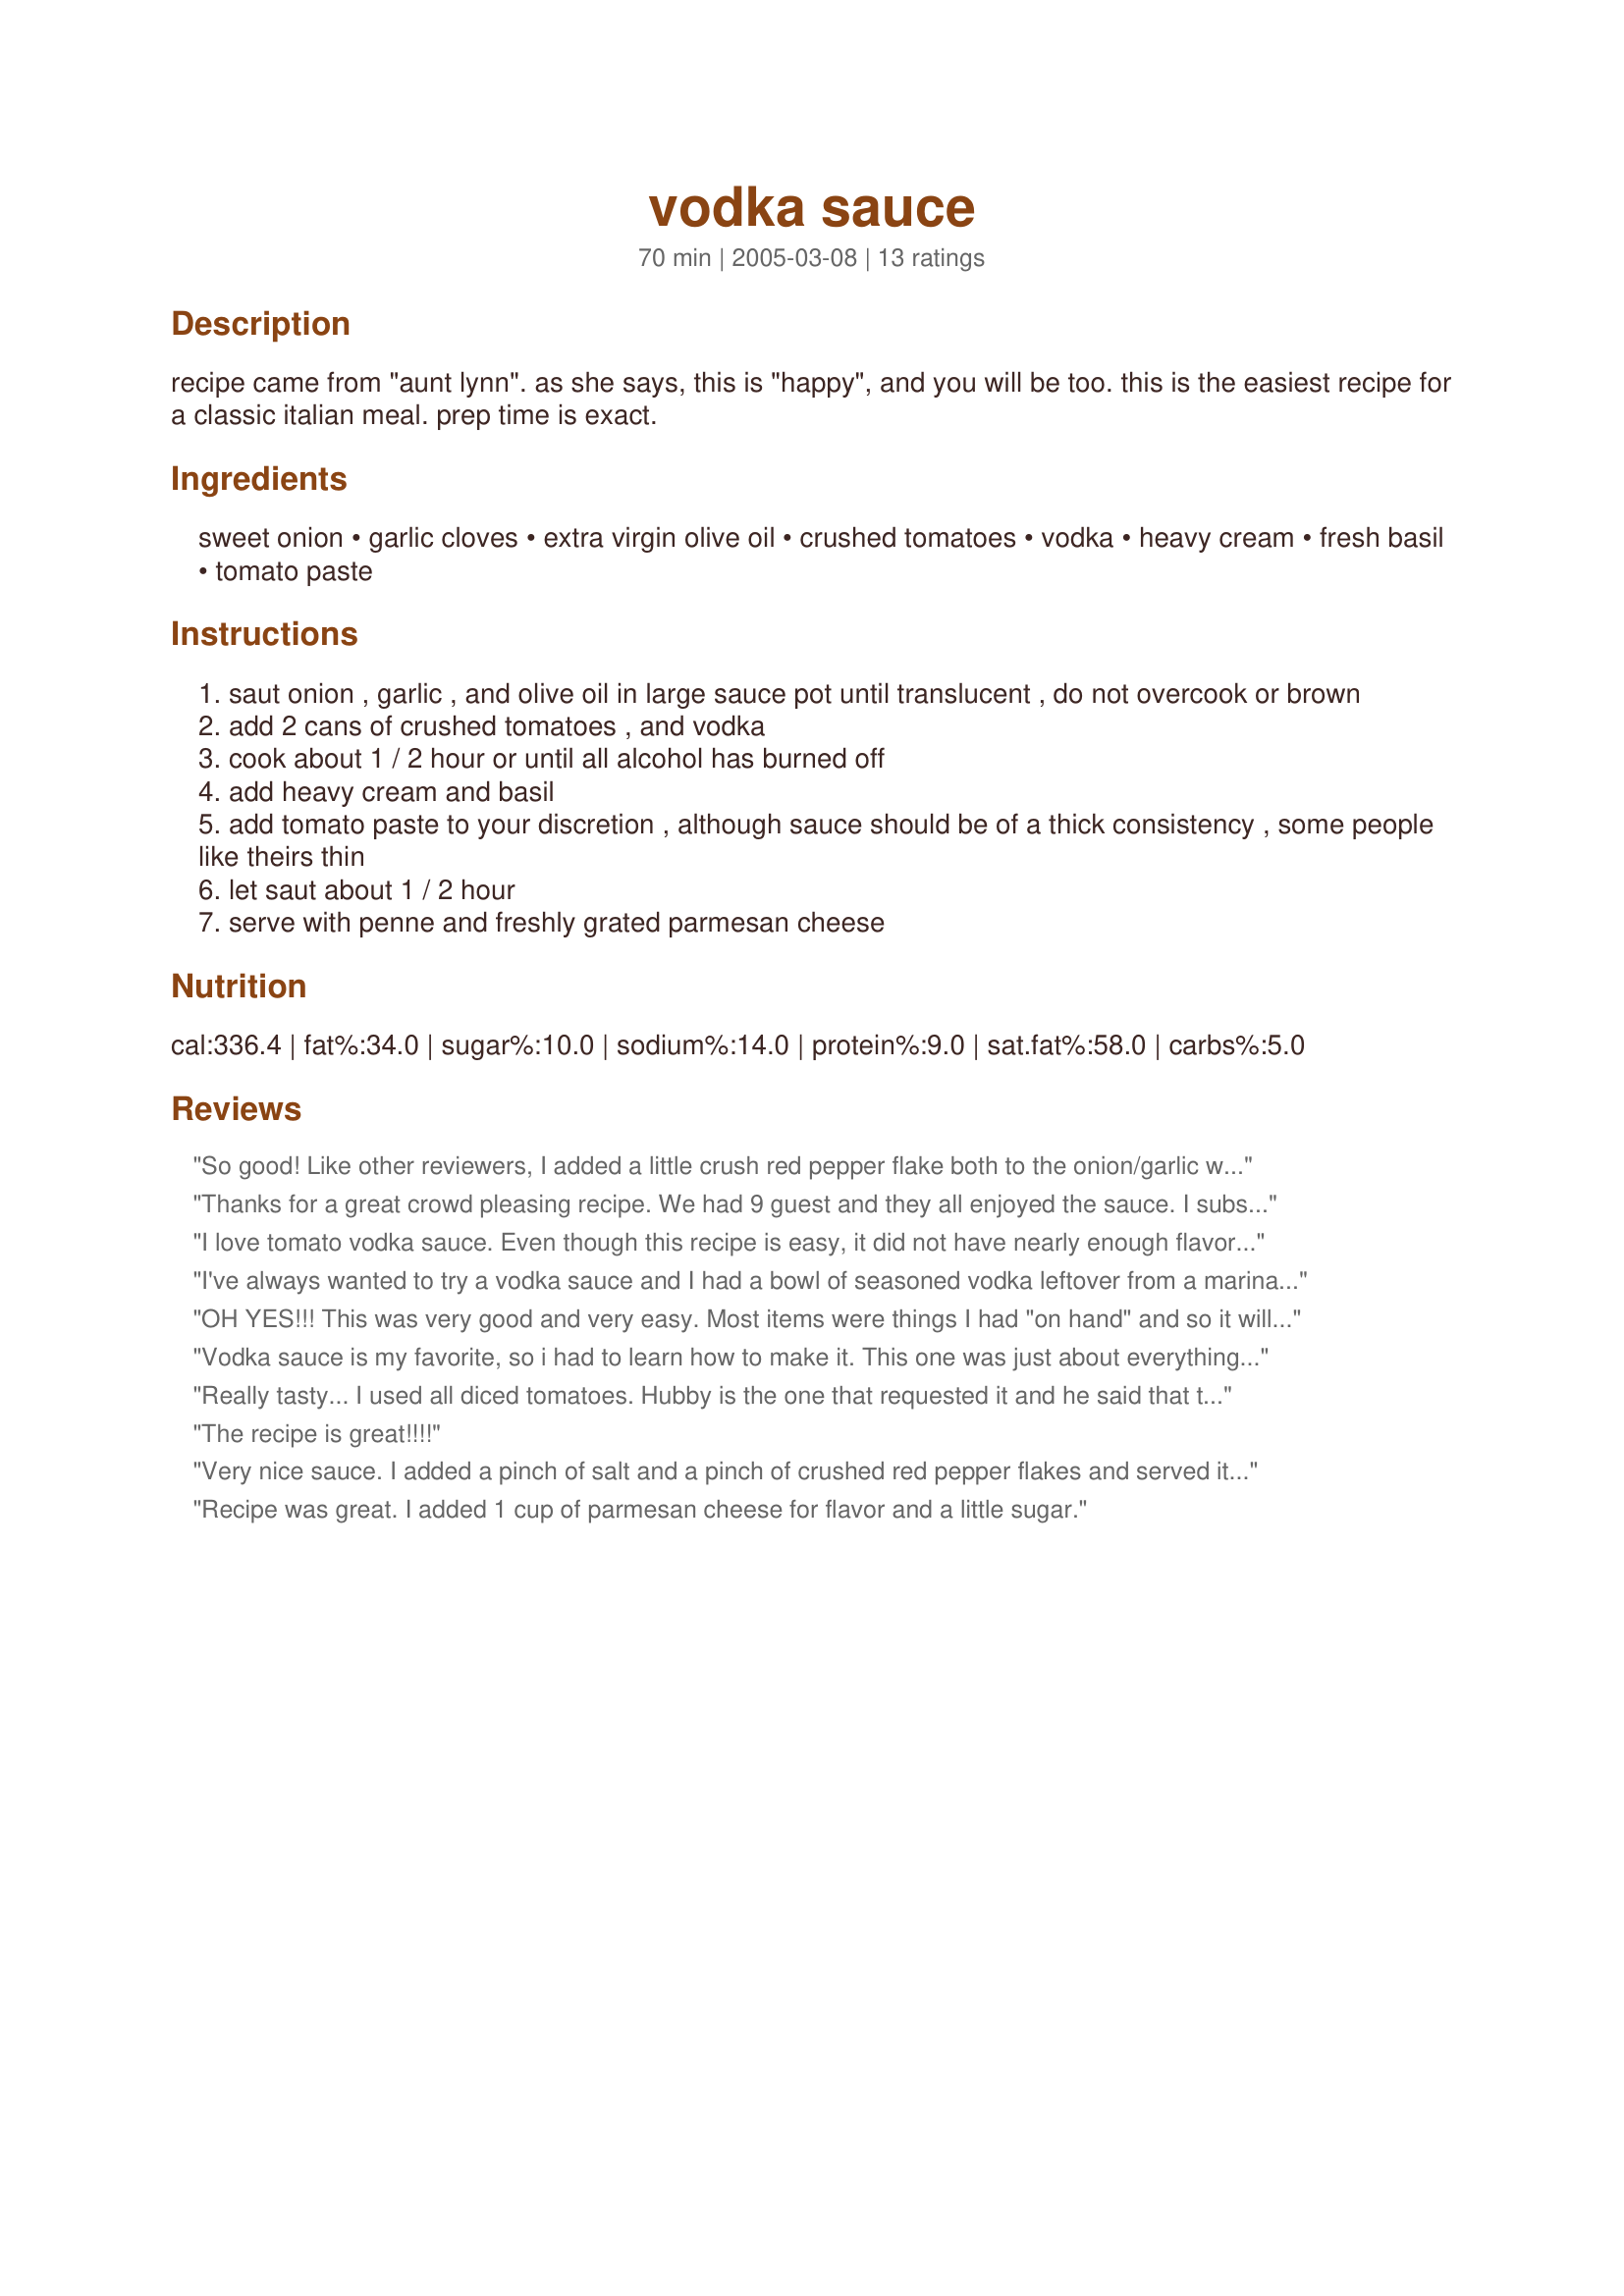
vodka sauce
Preparation time: 70 minutes

recipe came from "aunt lynn". as she says, this is "happy", and you will be too. this is the easiest recipe for a classic italian meal. prep time is exact.

Ingredients:
sweet onion, garlic cloves, extra virgin olive oil, crushed tomatoes, vodka, heavy cream, fresh basil, tomato paste

Steps:
saut onion , garlic , and olive oil in large sauce pot until translucent , do not overcook or brown
add 2 cans of crushed tomatoes , and vodka
cook about 1 / 2 hour or until all alcohol has burned off
add heavy cream and basil
add tomato paste to your discretion , although sauce should be of a thick consistency , some people like theirs thin
let saut about 1 / 2 hour
serve with penne and freshly grated parmesan cheese

Reviews:
So good! Like other reviewers, I added a little crush red pepper flake both to the onion/garlic while they were sauteeing and to the sauce while simmering. I also added coarse salt and black pepper to onion/garlic while sauteeing. Used dried basil since I didn't have fresh. This is so delicious! I will make this again and again1
Thanks for a great crowd pleasing recipe. We had 9 guest and they all enjoyed the sauce. I substituted evaporated milk for the heavy cream and used an entire can of tomato paste to lower the fat content. I also blended the sauce smooth so the kiddos couldn't see the tomato and onion pieces. Big hit. I will make again.
I love tomato vodka sauce. Even though this recipe is easy, it did not have nearly enough flavor for the effort. I will not be making this one again.
I've always wanted to try a vodka sauce and I had a bowl of seasoned vodka leftover from a marinated cherry tomato dish. This recipe was enjoyed by all.
OH YES!!! This was very good and very easy. Most items were things I had "on hand" and so it will be a good "go-to" meal.

The only thing I changed was to divide it in half. Only 3 of us here. 

I served it over a chicken & cheese ravioli that I had. With a salad and some Italian bread this made a fabulous meal! 

Thank you so much!
Vodka sauce is my favorite, so i had to learn how to make it. This one was just about everything I wanted in a creamy vodka sauce. One thing I added was some crushed red peppers to give it a little spice. I also made it a little more chunky by using one can of petite diced tomatoes and one can of crushed tomatoes instead of two cans of crushed tomatoes. This is very popular among my friends at Penn State, so thanks a bunch!
Really tasty... I used all diced tomatoes. Hubby is the one that requested it and he said that this is how he remembered it!! DS who is 9 ate it up and so did DD who is 5. It is really good with the sweet tomatoe chunks in the sauce. Hubby spiced it up with crushed red pepper flakes just on his. I LOVE garlic so I think next time I will use about 1 1/2 times the amount of garlic. I served it with penne and sauteed shrimp,... a true hit that I will make again. THANKS!!!
The recipe is great!!!!
Very nice sauce. I added a pinch of salt and a pinch of crushed red pepper flakes and served it over a box of Penne pasta. This makes a lot of sauce. I may see if I can freeze a quart. Thanks for posting!
Recipe was great. I added 1 cup of parmesan cheese for flavor and a little sugar.
This was absolutely delicious. My DD only wanted to try this with maybe 3 noodles and a tiny bit of sauce, because she tried it at Macaroni Grill and didn't care for it at all. After she tried mine she wanted a full plate full. I used shallots and 1 can crushed tomatoes and 1 can diced tomatoes. Worked out wonderful. Also I found it needed a bit of salt and pepper. I don't think this would taste the same without the fresh basil, dried would not work here I don't think. I will definitely make this again. Made enough for 3 other meals so in the freezer it went. Thanks so much for posting Chef Erin.
Wow!! Great sauce. I didn't have crushed tomatoes but used diced tomatoes with great success. I think next time I'll use 1 can of diced and 1 can of crushed. This recipe is very close to the Balducci's sauce from New York. Thanks!!
This is such a simple and delicious sauce! We like to put anchovies on top (my husband likes a lot; I like a couple!) and serve it with a salad. It also freezes well!
